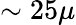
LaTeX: \sim 25\mu